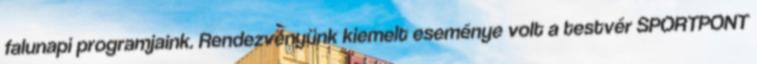
falunapi programjaink. Rendezvényünk kiemelt eseménye volt a testvér SPORTPONT